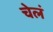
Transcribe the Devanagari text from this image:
चेलं